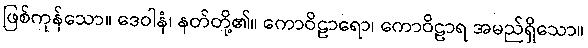
ဖြစ်ကုန်သော။ ဒေဝါနံ၊ နတ်တို့၏။ ကောဝိဠာရော၊ ကောဝိဠာရ အမည်ရှိသော။